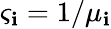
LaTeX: \varsigma_{\mathbf{i}}=1/\mu_{\mathbf{i}}